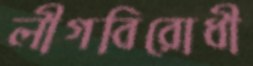
লীগবিরোধী